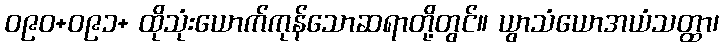
ဝ၉၀+ဝ၉၁+ ထိုသုံးယောက်ကုန်သောဆရာတို့တွင်။ ယွာသံယောအယံသတ္ထာ၊